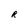
Character: R